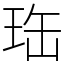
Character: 珤